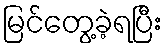
မြင်တွေ့ခဲ့ရပြီး